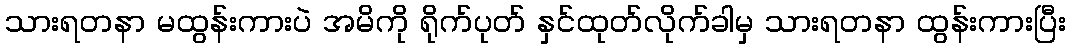
သားရတနာ မထွန်းကားပဲ အမိကို ရိုက်ပုတ် နှင်ထုတ်လိုက်ခါမှ သားရတနာ ထွန်းကားပြီး